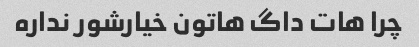
چرا هات داگ هاتون خیارشور نداره